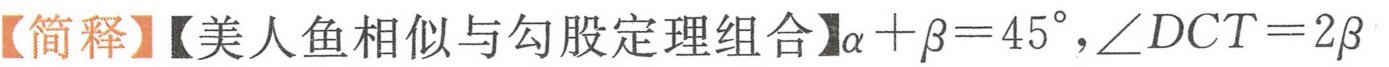
【简释】【美人鱼相似与勾股定理组合】$\alpha+\beta = 45^{\circ},\angle DCT = 2\beta$